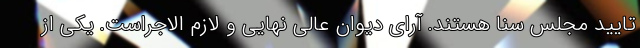
تایید مجلس سنا هستند. آرای دیوان عالی نهایی و لازم الاجراست. یکی از